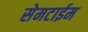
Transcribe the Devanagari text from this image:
सेमटाईम